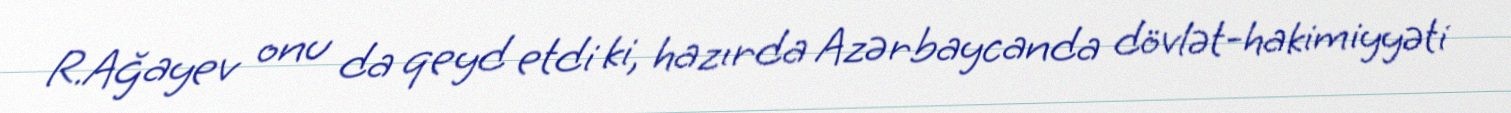
R.Ağayev onu da qeyd etdi ki, hazırda Azərbaycanda dövlət-hakimiyyəti